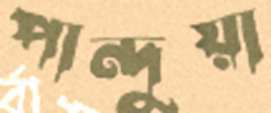
পান্দুয়া